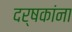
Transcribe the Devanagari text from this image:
दर्षकांना